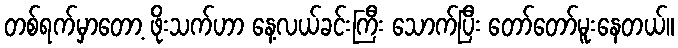
တစ်ရက်မှာတော့ ဖိုးသက်ဟာ နေ့လယ်ခင်းကြီး သောက်ပြီး တော်တော်မူးနေတယ်။